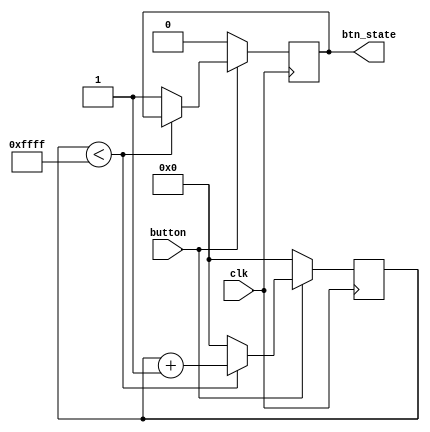
`timescale 1ns / 1ps

module debouncer(input button, input clk, output btn_state);
reg tempstate = 0;
reg [15:0] counter;
initial begin
counter = 0;
end

always @ (posedge clk) begin
if (button == 0) 
    begin
        counter <=0;
        tempstate <= 0;
    end
    else
    begin
        if (counter < 16'b1111_1111_1111_1111)begin
            counter <= counter + 1;
        end
        else begin
            tempstate <= 1;
            counter <= 0;
        end
    end
end
    
    
assign btn_state = tempstate; 
endmodule